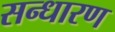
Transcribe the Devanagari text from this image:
सन्‍धारण